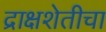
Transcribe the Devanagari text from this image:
द्राक्षशेतीचा